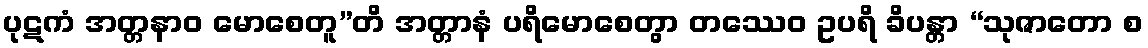
ပုဋကံ အတ္တနာဝ မောစေတူ”တိ အတ္တာနံ ပရိမောစေတွာ တဿေဝ ဥပရိ ခိပန္တာ “သုဇာတော စ